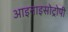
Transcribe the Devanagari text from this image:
आइनाइसोट्रोपी